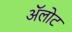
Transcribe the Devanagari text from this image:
अॅलोट